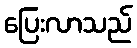
ပြေးလာသည်